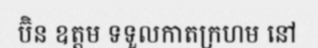
ប៊ិន ឧត្តម ទទួលកាតក្រហម នៅ